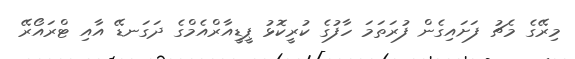
މިރޭގެ މެޗު ފަށައިގެން ފުރަތަމަ ހާފުގެ ކުރީކޮޅު ޕީޑީއާރްއެމްގެ ދަގަނޑޭ އާއި ޓްރައޯރޭ